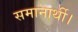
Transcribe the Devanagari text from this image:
समानार्थी।